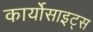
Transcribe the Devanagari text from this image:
कार्योसाइट्स